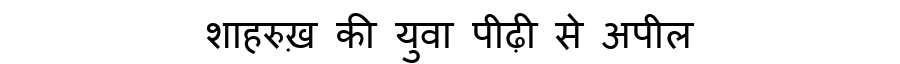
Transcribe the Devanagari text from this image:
शाहरुख़ की युवा पीढ़ी से अपील